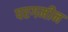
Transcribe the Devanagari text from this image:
परगमीन